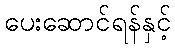
ပေးဆောင်ရန်နှင့်